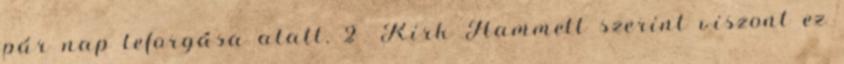
pár nap leforgása alatt. 2 Kirk Hammett szerint viszont ez